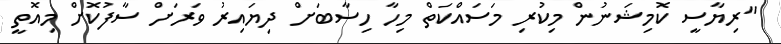
"ރިޔާސީ ކޮމިޝަނުން މިކުރި މަސައްކަތް މިހާ ހިސާބަށް ދިޔައިރު ވަރަށް ސާފުކޮށް މިއޮތީ